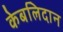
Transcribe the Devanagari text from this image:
केबलिदान